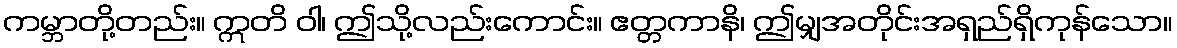
ကမ္ဘာတို့တည်း။ ဣတိ ဝါ၊ ဤသို့လည်းကောင်း။ ဧတ္တကာနိ၊ ဤမျှအတိုင်းအရှည်ရှိကုန်သော။